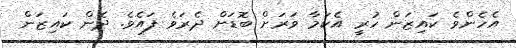
އެހެންވެ ކައިޒަން ހުރީ އެކަމާ ވަރަށް ބޮޑަށް ދެރަވެ ފައެވެ. ދެން ކައިޒަން